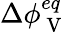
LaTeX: \Delta\phi_{\mathrm{~V~}}^{eq}